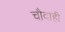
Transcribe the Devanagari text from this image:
चौदाही